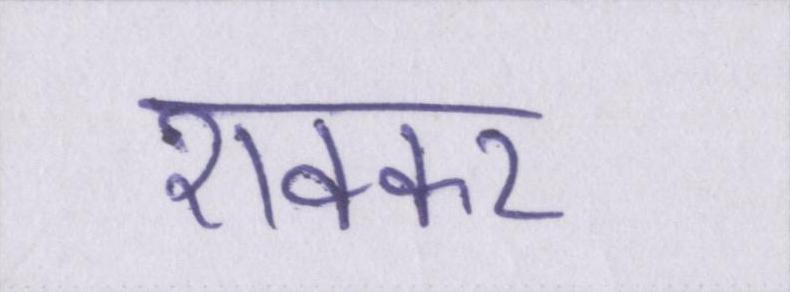
शक्कर